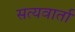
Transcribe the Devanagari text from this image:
सत्यवार्ता